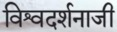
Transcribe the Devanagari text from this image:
विश्वदर्शनाजी